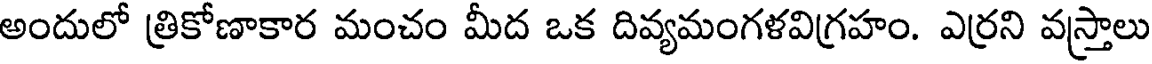
అందులో త్రికోణాకార మంచం మీద ఒక దివ్యమంగళవిగ్రహం. ఎర్రని వస్త్రాలు